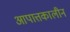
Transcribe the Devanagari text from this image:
आपात्तकालीन